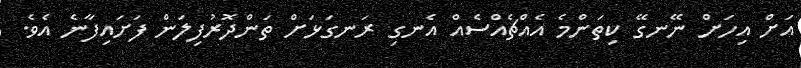
އަށް އިހަށް ނޭނގޭ ކިތަންމެ އެއްޗެއްސެއް އެނގި ރަނގަޅަށް ތަންދޮރުފިލަން ފަށައިފާނެ އެވެ.